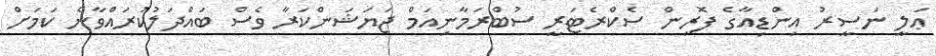
ޢަލީ ނަސީރު އިންޑިއާގެ ފޮރިން ސެކްރެޓަރީ ސުބްރަމާނިއަމް ޖަޔަޝަންކަރާ ވެސް ބައްދަލުކުރައްވާނެ ކަމަށް